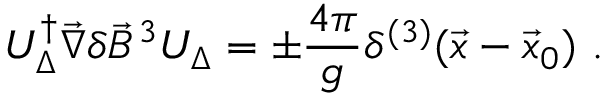
{ \cal U } _ { \Delta } ^ { \dagger } \vec { \nabla } \delta \vec { B } ^ { 3 } { \cal U } _ { \Delta } = \pm \frac { 4 \pi } { g } \delta ^ { ( 3 ) } ( \vec { x } - \vec { x } _ { 0 } ) \ .